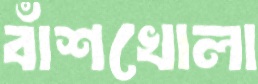
বাঁশখোলা